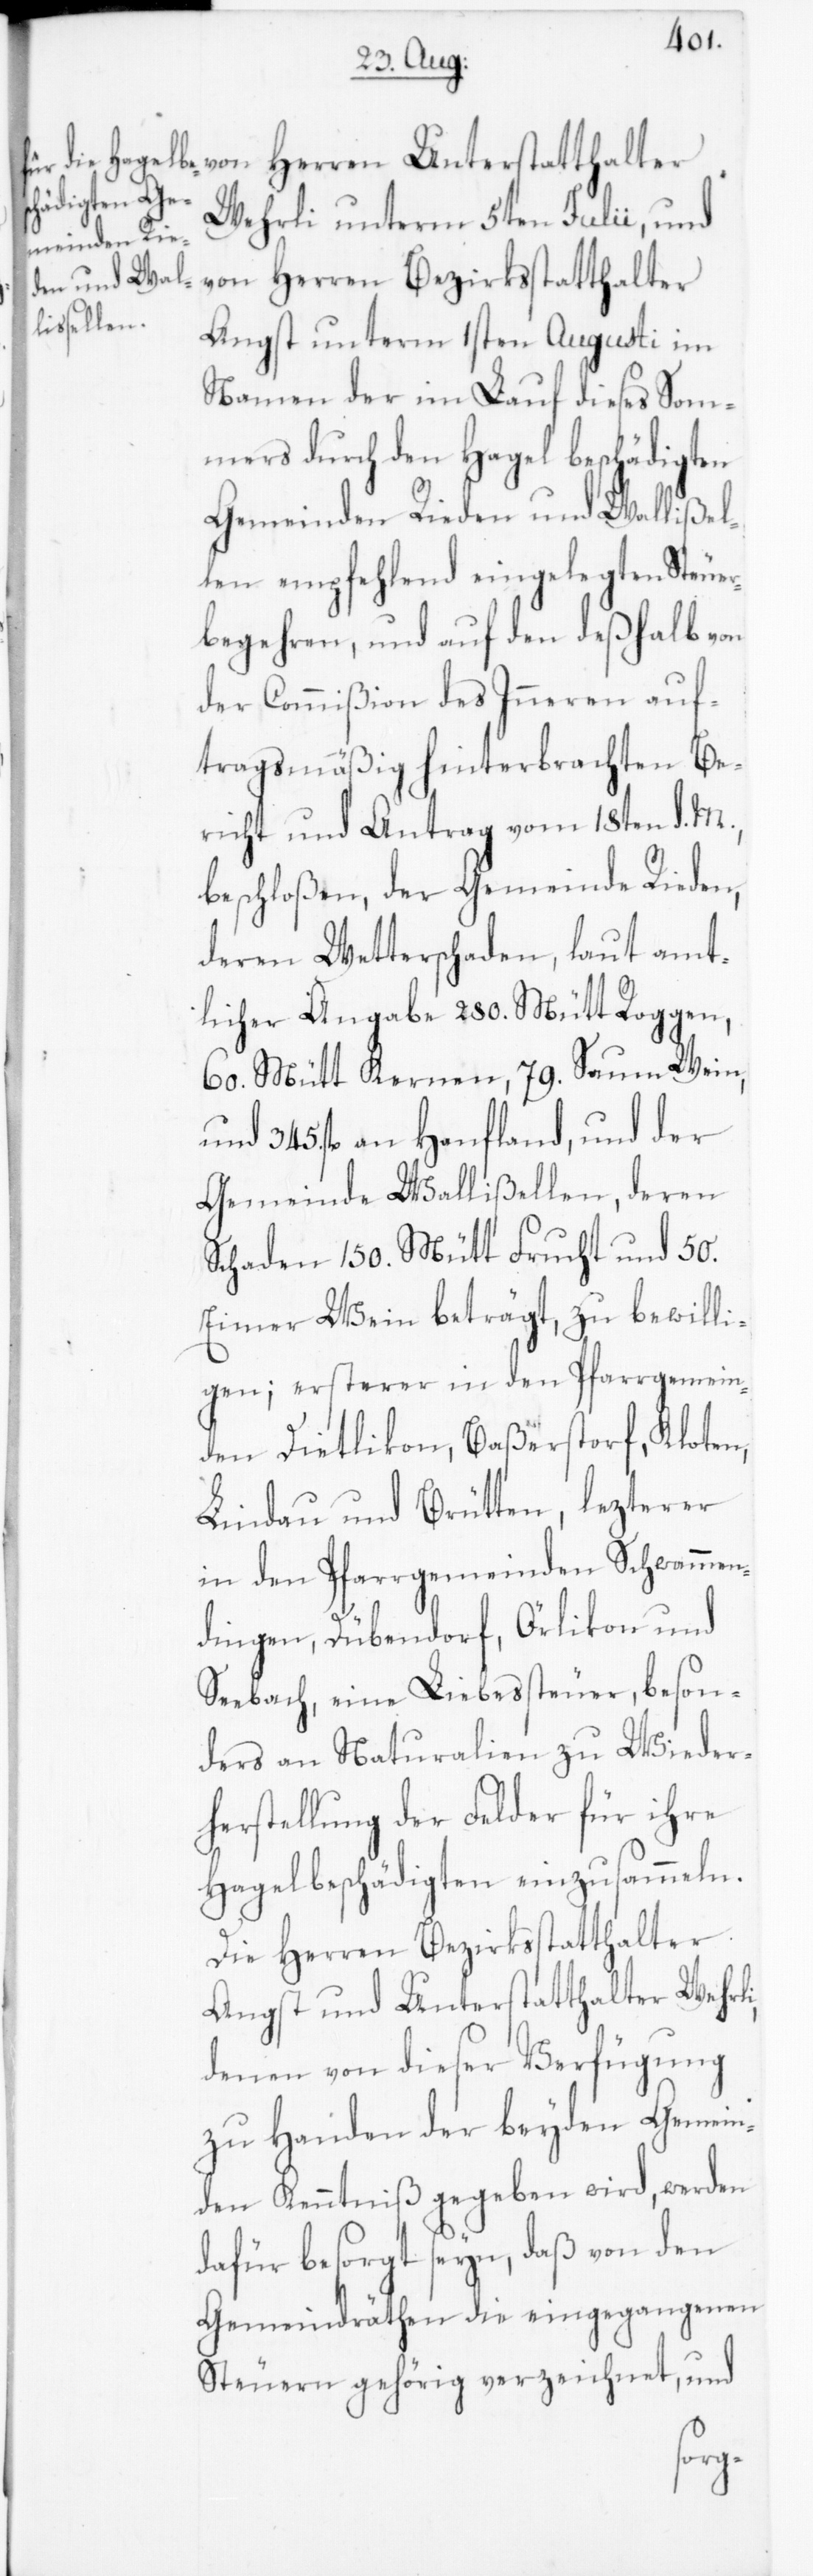
Wehrli unterm 5ten Julii, und
von Herren Bezirksstatthalter
Angst unterm 1sten Augusti im
Namen der im Lauf dieses Som¬
mers durch den Hagel beschädigten
Gemeinden Rieden und Wallißel¬
len empfehlend eingelegten Steue¬
rbegehren, und auf den deßhalb von
der Commißion des Inneren auf¬
tragsmäßig hinterbrachten Be¬
richt und Antrag vom 18ten d. M.
beschloßen, der Gemeinde Rieden,
deren Wetterschaden laut amt¬
licher Angabe 280. Mütt Roggen,
60. Mütt Kernen, 79. Saum Wein
und 345. fl. an Hanfland, und der
Gemeinde Wallißellen, deren
Schaden 150. Mütt Frucht und 50.
Eimer Wein beträgt, zu bewilli¬
gen, ersterer in den Pfarrgemein¬
den Dietlikon, Baßerstorf, Kloten,
Lindau und Brütten; lezterer
in den Pfarrgemeinden Schwammen¬
dingen, Dübendorf, Örlikon und
Seebach, eine Liebessteuer, beson¬
ders an Naturalien zu Wieder¬
herstellung der Felder für ihre
Hagelbeschädigten einzusammeln.
Die Herren Bezirksstatthalter
Angst und Unterstatthalter Wehrli,
denen von dieser Verfügung
zu Handen der beyden Gemein¬
den Kenntniß gegeben wird, werden
dafür besorgt seyn, daß von den
Gemeindräthen die eingegangenen
Steuern gehörig verzeichnet, und